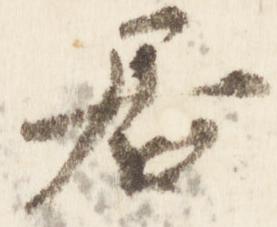
居